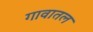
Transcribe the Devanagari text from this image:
गावातल